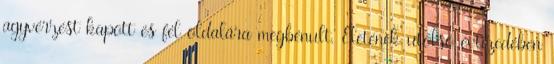
agyvérzést kapott és fél oldalára megbénult. Életének utolsó évtizedében